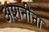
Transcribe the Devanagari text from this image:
अशनींना